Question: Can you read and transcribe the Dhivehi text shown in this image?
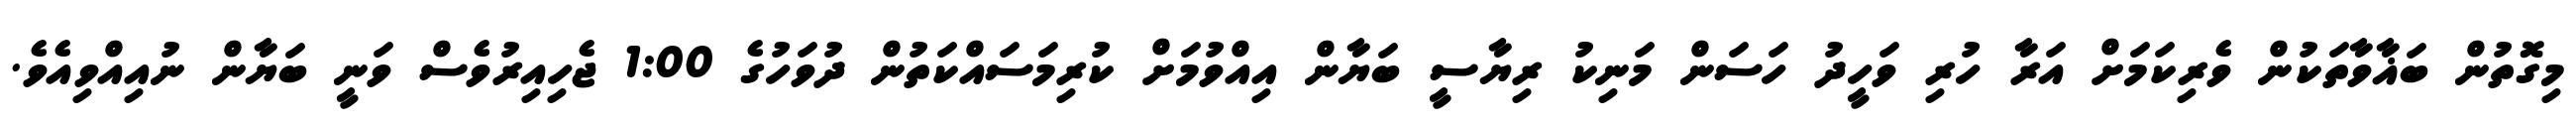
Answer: މިގޮތުން ބަޣާވާތަކުން ވެރިކަމަށް އަރާ ހުރި ވަހީދު ހަސަން މަނިކު ރިޔާސީ ބަޔާން އިއްވުމަށް ކުރިމަސައްކަތުން ދުވަހުގެ 1:00 ޖެހިއިރުވެސް ވަނީ ބަޔާން ނުއިއްވިއެވެ.